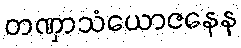
တဏှာသံယောဇနေန